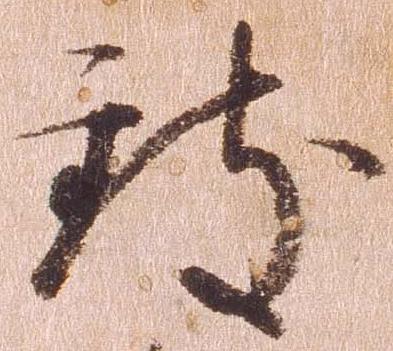
致